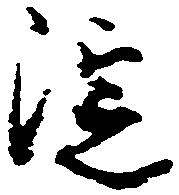
淀